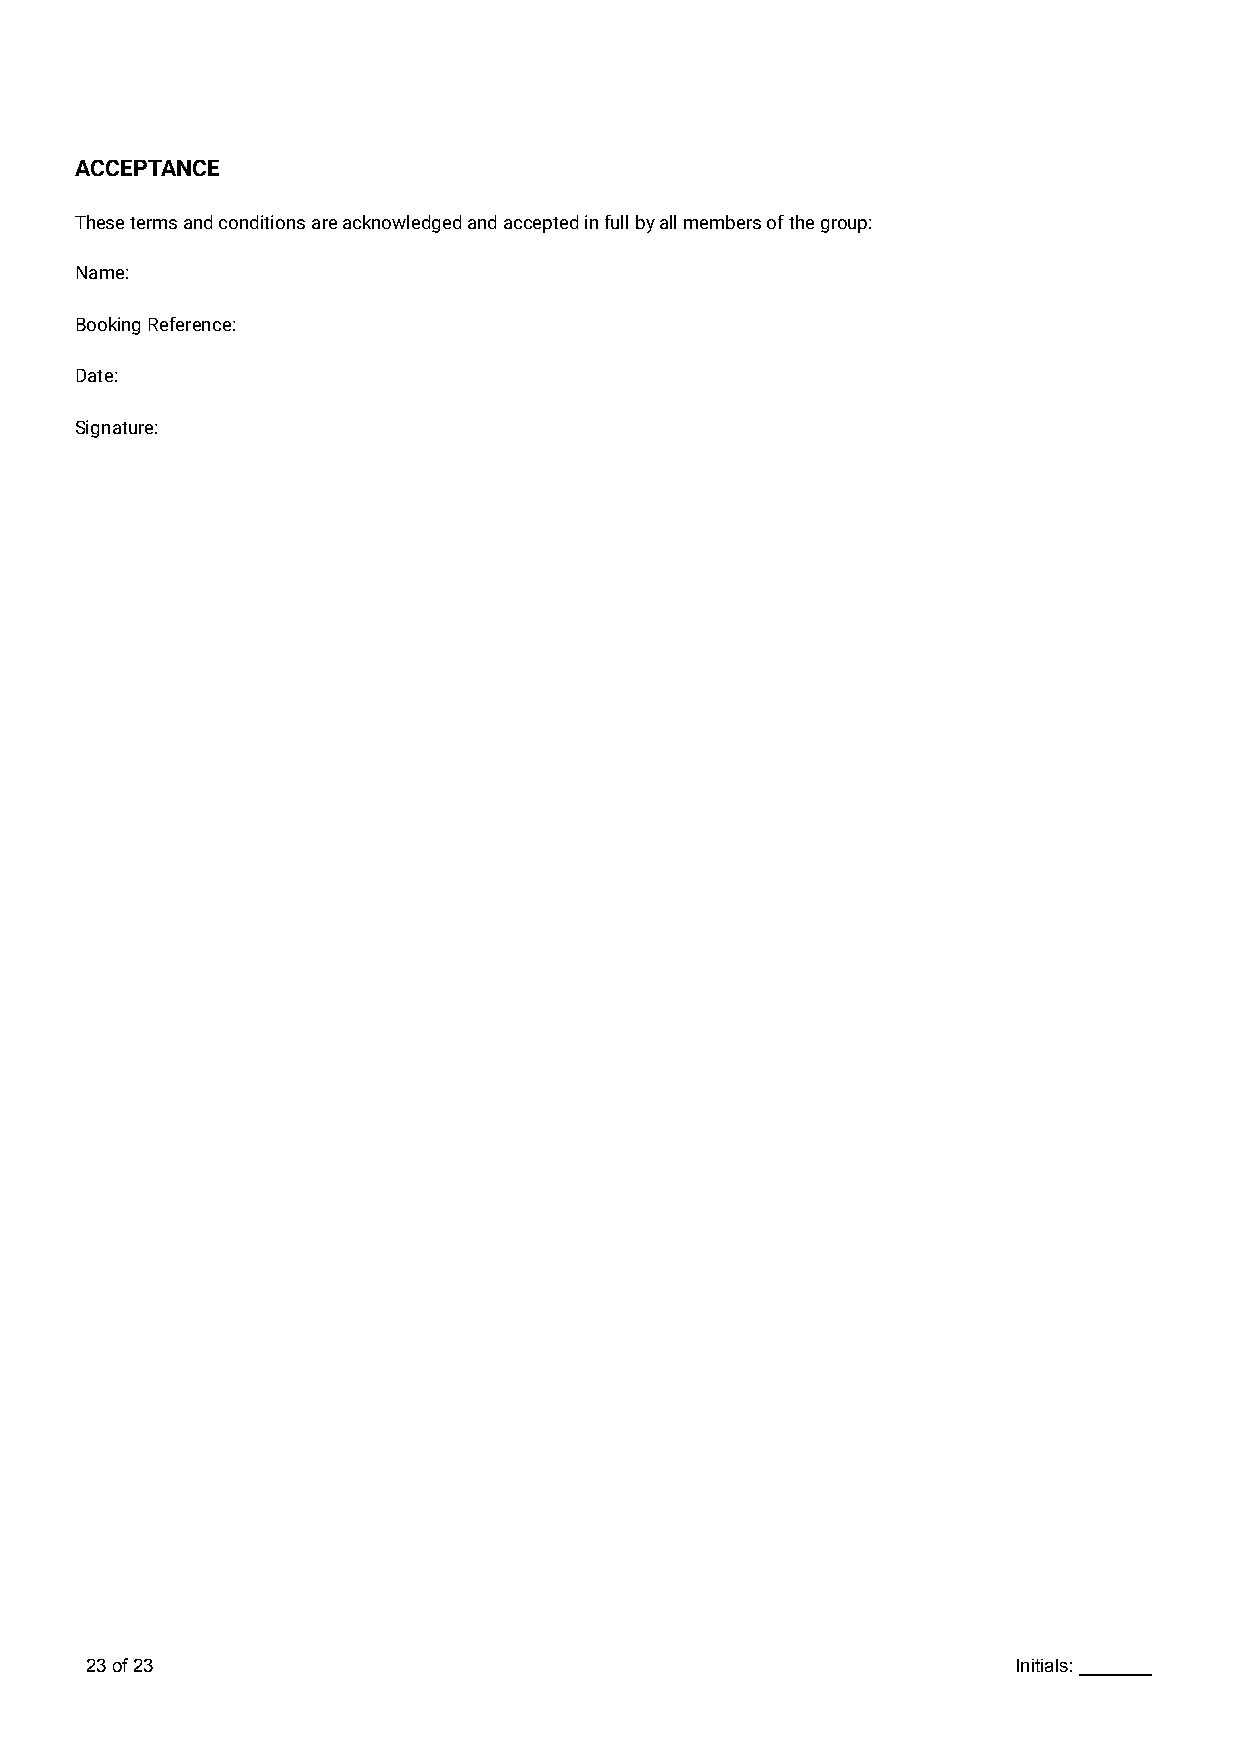
ACCEPTANCE
 These terms and conditions are acknowledged and accepted in full by all members of the group:
 Name:
 Booking Reference:
 Date:
 Signature:
 23of23                                                       Initials: _______